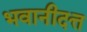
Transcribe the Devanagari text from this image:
भवानीदत्त